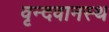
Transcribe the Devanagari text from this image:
वृन्दवानस्थ